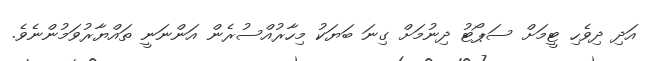
އަދި ދިވެހި ޓީމަށް ސަޕޯޓު ދިނުމަށް ގިނަ ބަޔަކު މިހާރުއްސުރެން އަންނަނީ ތައްޔާރުވަމުންނެވެ.